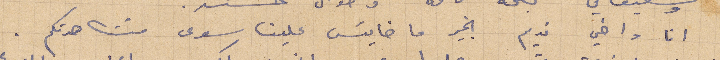
انا واخي نديم بخير ما خايس علينا سوى مشاهدتكم.